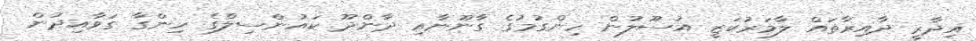
އިދާރީ ދާއިރާތައް ލާމަރުކަޒީ އުސޫލުން ހިންގުމުގެ ގާނޫނާއި ދާންދޫ ކައުންސިލްގެ ހިންގާ ގަވާއިދުން